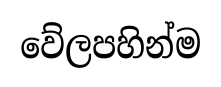
වේලපහින්ම